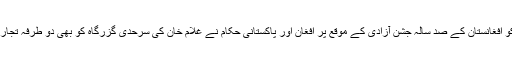
چند روز قبل 19 اگست کو افغانستان کے صد سالہ جشنِ آزادی کے موقع پر افغان اور پاکستانی حکام نے غلام خان کی سرحدی گزرگاہ کو بھی دو طرفہ تجارت کے لیے کھول دیا تھا۔